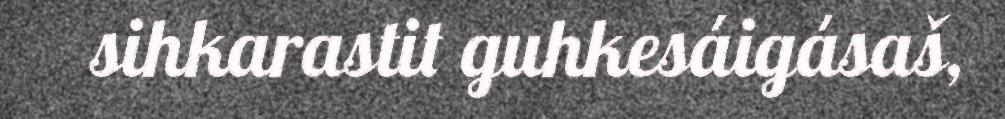
sihkarastit guhkesáigásaš,